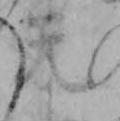
天